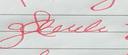
Signature authenticity: forged